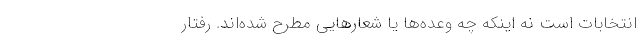
انتخابات است نه اینکه چه وعده‌ها یا شعارهایی مطرح شده‌اند. رفتار